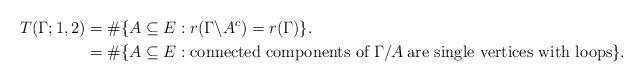
LaTeX: \begin{align*}T(\Gamma;1,2)& = \#\{A\subseteq E: r(\Gamma\backslash A^c)=r(\Gamma)\}. \\& =\#\{A\subseteq E:\mbox{\rm connected components of } \Gamma/A \:\mbox{\rm are single vertices with loops}\}.\end{align*}